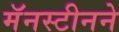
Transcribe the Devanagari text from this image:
मॅनस्टीनने